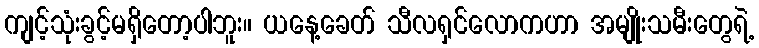
ကျင့်သုံးခွင့်မရှိတော့ပါဘူး။ ယနေ့ခေတ် သီလရှင်လောကဟာ အမျိုးသမီးတွေရဲ့